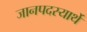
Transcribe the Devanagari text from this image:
जानपदस्यार्थे